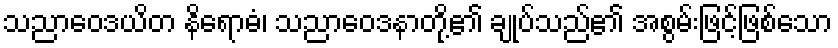
သညာဝေဒယိတ နိရောဓံ၊ သညာဝေဒနာတို့၏ ချုပ်သည်၏ အစွမ်းဖြင့်ဖြစ်သော